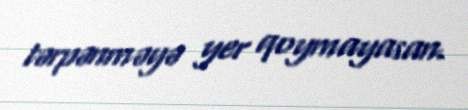
tərpənməyə yer qoymayasan.